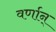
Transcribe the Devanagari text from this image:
वर्णान्